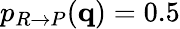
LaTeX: p_{R\rightarrow P}(\textbf{q})=0.5